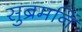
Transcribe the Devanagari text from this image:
सुब्रमनिं